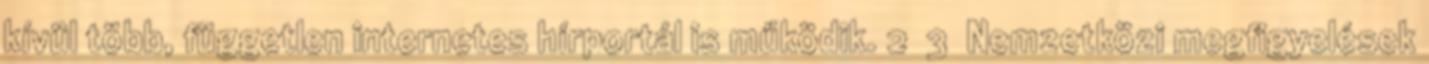
kívül több, független internetes hírportál is működik. 2 3 Nemzetközi megfigyelések